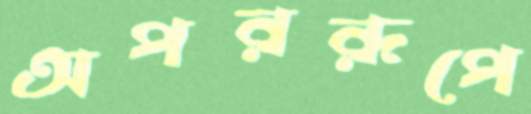
অপররূপে